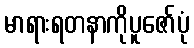
မာရားရတနာကိုပူဇော်ပုံ